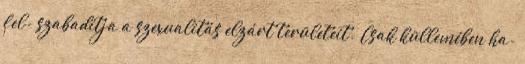
fel- szabadítja a szexualitás elzárt területeit.” Csak küllemében ha-